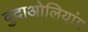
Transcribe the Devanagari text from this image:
वुदाओलियांग